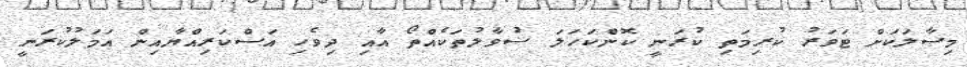
މިސާލަކަށް ޓަވަރު ކުރިމަތި ކުރަނީ ކޮންކަހަލަ ސުވާލުތަކެއްތޯ އާއި ދިވެހި އަސްކަރިއްޔާއިން އަމަލުކުރަނީ